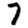
Digit: 7